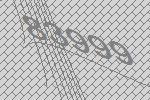
83999